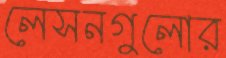
লেসনগুলোর